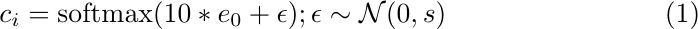
\begin{align}
    c_i = \text{softmax}(10*e_0 + \epsilon); \epsilon \sim \mathcal{N}(0,s)
\end{align}